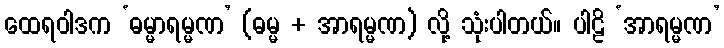
ထေရဝါဒက ‘ဓမ္မာရမ္မဏ’ (ဓမ္မ + အာရမ္မဏ) လို့ သုံးပါတယ်။ ပါဠိ ‘အာရမ္မဏ’